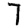
Digit: 7